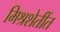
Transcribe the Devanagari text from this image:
मिश्रशेतींत